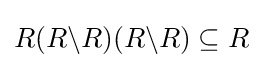
R(R\backslash R)(R\backslash R)\subseteq R